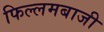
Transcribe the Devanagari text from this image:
फिल्लमबाजी